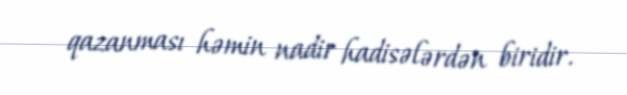
qazanması həmin nadir hadisələrdən biridir.